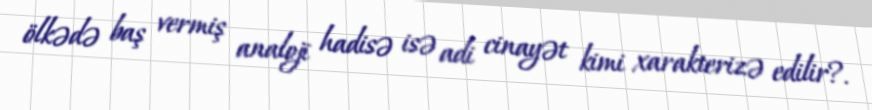
ölkədə baş vermiş analoji hadisə isə adi cinayət kimi xarakterizə edilir?.